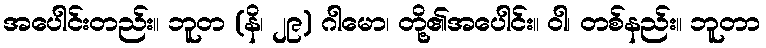
အပေါင်းတည်း။ ဘူတ (နိ၊ ၂၉) ဂါမော၊ တို့၏အပေါင်း။ ဝါ၊ တစ်နည်း။ ဘူတာ